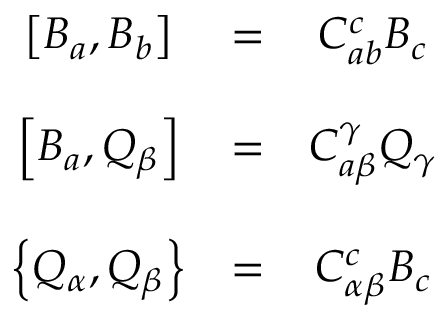
\begin{array} { c c c } { { \left[ B _ { a } , B _ { b } \right] } } & { { = } } & { { C _ { a b } ^ { c } B _ { c } } } \\ { { } } & { { } } & { { } } \\ { { \left[ B _ { a } , Q _ { \beta } \right] } } & { { = } } & { { C _ { a \beta } ^ { \gamma } Q _ { \gamma } } } \\ { { } } & { { } } & { { } } \\ { { \left\{ Q _ { \alpha } , Q _ { \beta } \right\} } } & { { = } } & { { C _ { \alpha \beta } ^ { c } B _ { c } } } \end{array}